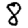
Digit: 8